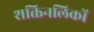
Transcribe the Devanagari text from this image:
शक्तिनलिकों